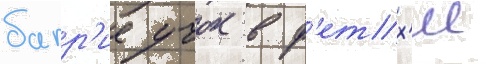
багр'ие учок в ф'етх'ие